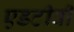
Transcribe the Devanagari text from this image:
एडटीवी